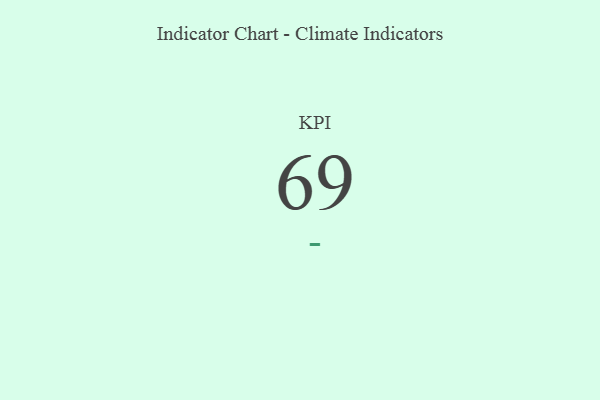
{"axis": {"x": "KPI", "y": "Value"}, "legend": [""], "data": [{"x": "KPI", "y": 69, "type": ""}]}